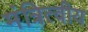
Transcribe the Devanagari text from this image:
मंत्रित्वीय